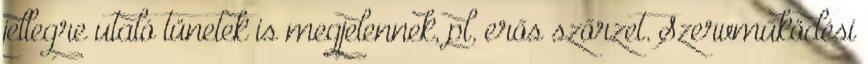
jellegre utaló tünetek is megjelennek, pl. erős szőrzet. Szervműködési